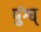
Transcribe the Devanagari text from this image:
पुंग्घ्